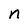
Character: n